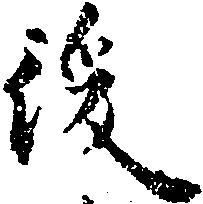
後